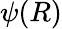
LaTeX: \psi(R)